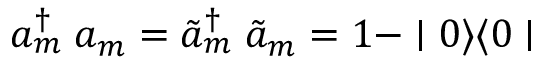
a _ { m } ^ { \dagger } \; a _ { m } = \tilde { a } _ { m } ^ { \dagger } \; \tilde { a } _ { m } = 1 - \mid 0 \rangle \langle 0 \mid